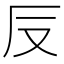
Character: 𠬡